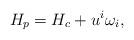
LaTeX: \begin{align*} H_{p} = H_{c} + u^{i} \omega_{i},\end{align*}